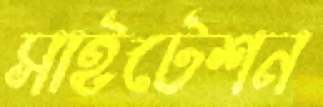
সাইটেশন